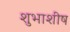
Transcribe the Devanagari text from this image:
शुभाशीष